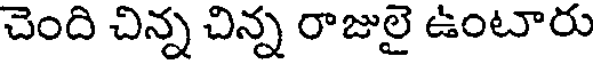
చెంది చిన్న చిన్న రాజులై ఉంటారు